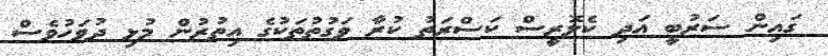
ގައިން ސަރުބީ އަދި ކެލޮރީސް ކަސްރަތު ކުރާ ވަގުތުތަކުގެ އިތުރުން މުޅި ދުވަހުވެސް